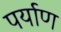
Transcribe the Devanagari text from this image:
पर्याण